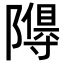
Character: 𮥩